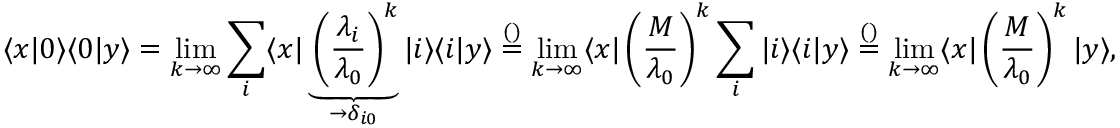
\langle x | 0 \rangle \langle 0 | y \rangle = \operatorname* { l i m } _ { k \to \infty } \sum _ { i } \langle x | \underbrace { \left( \frac { \lambda _ { i } } { \lambda _ { 0 } } \right) ^ { k } } _ { \to \delta _ { i 0 } } | i \rangle \langle i | y \rangle \overset { \footnotesize ( ) } { = } \operatorname* { l i m } _ { k \to \infty } \langle x | \left( \frac { M } { \lambda _ { 0 } } \right) ^ { k } \sum _ { i } | i \rangle \langle i | y \rangle \overset { \footnotesize ( ) } { = } \operatorname* { l i m } _ { k \to \infty } \langle x | \left( \frac { M } { \lambda _ { 0 } } \right) ^ { k } | y \rangle ,